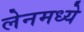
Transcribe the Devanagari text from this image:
लेनमध्ये